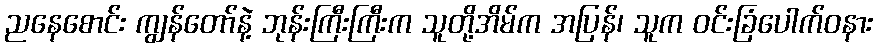
ညနေစောင်း ကျွန်တော်နဲ့ ဘုန်းကြီးကြီးက သူတို့အိမ်က အပြန်၊ သူက ဝင်းခြံပေါက်ဝနား